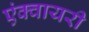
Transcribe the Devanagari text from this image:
एंक्वायरी